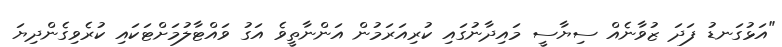
"އަޅުގަނޑު ފަދަ ޒުވާނެއް ސިޔާސީ މައިދާނުގައި ކުރިއަރަމުން އަންނާތީވެ އަގު ވައްޓާލުމަށްޓަކައި ކުރެވިގެންދިޔަ